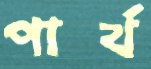
পার্থ